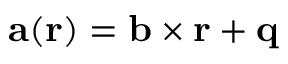
\mathbf { a } ( \mathbf { r } ) = \mathbf { b } \times \mathbf { r } + \mathbf { q }